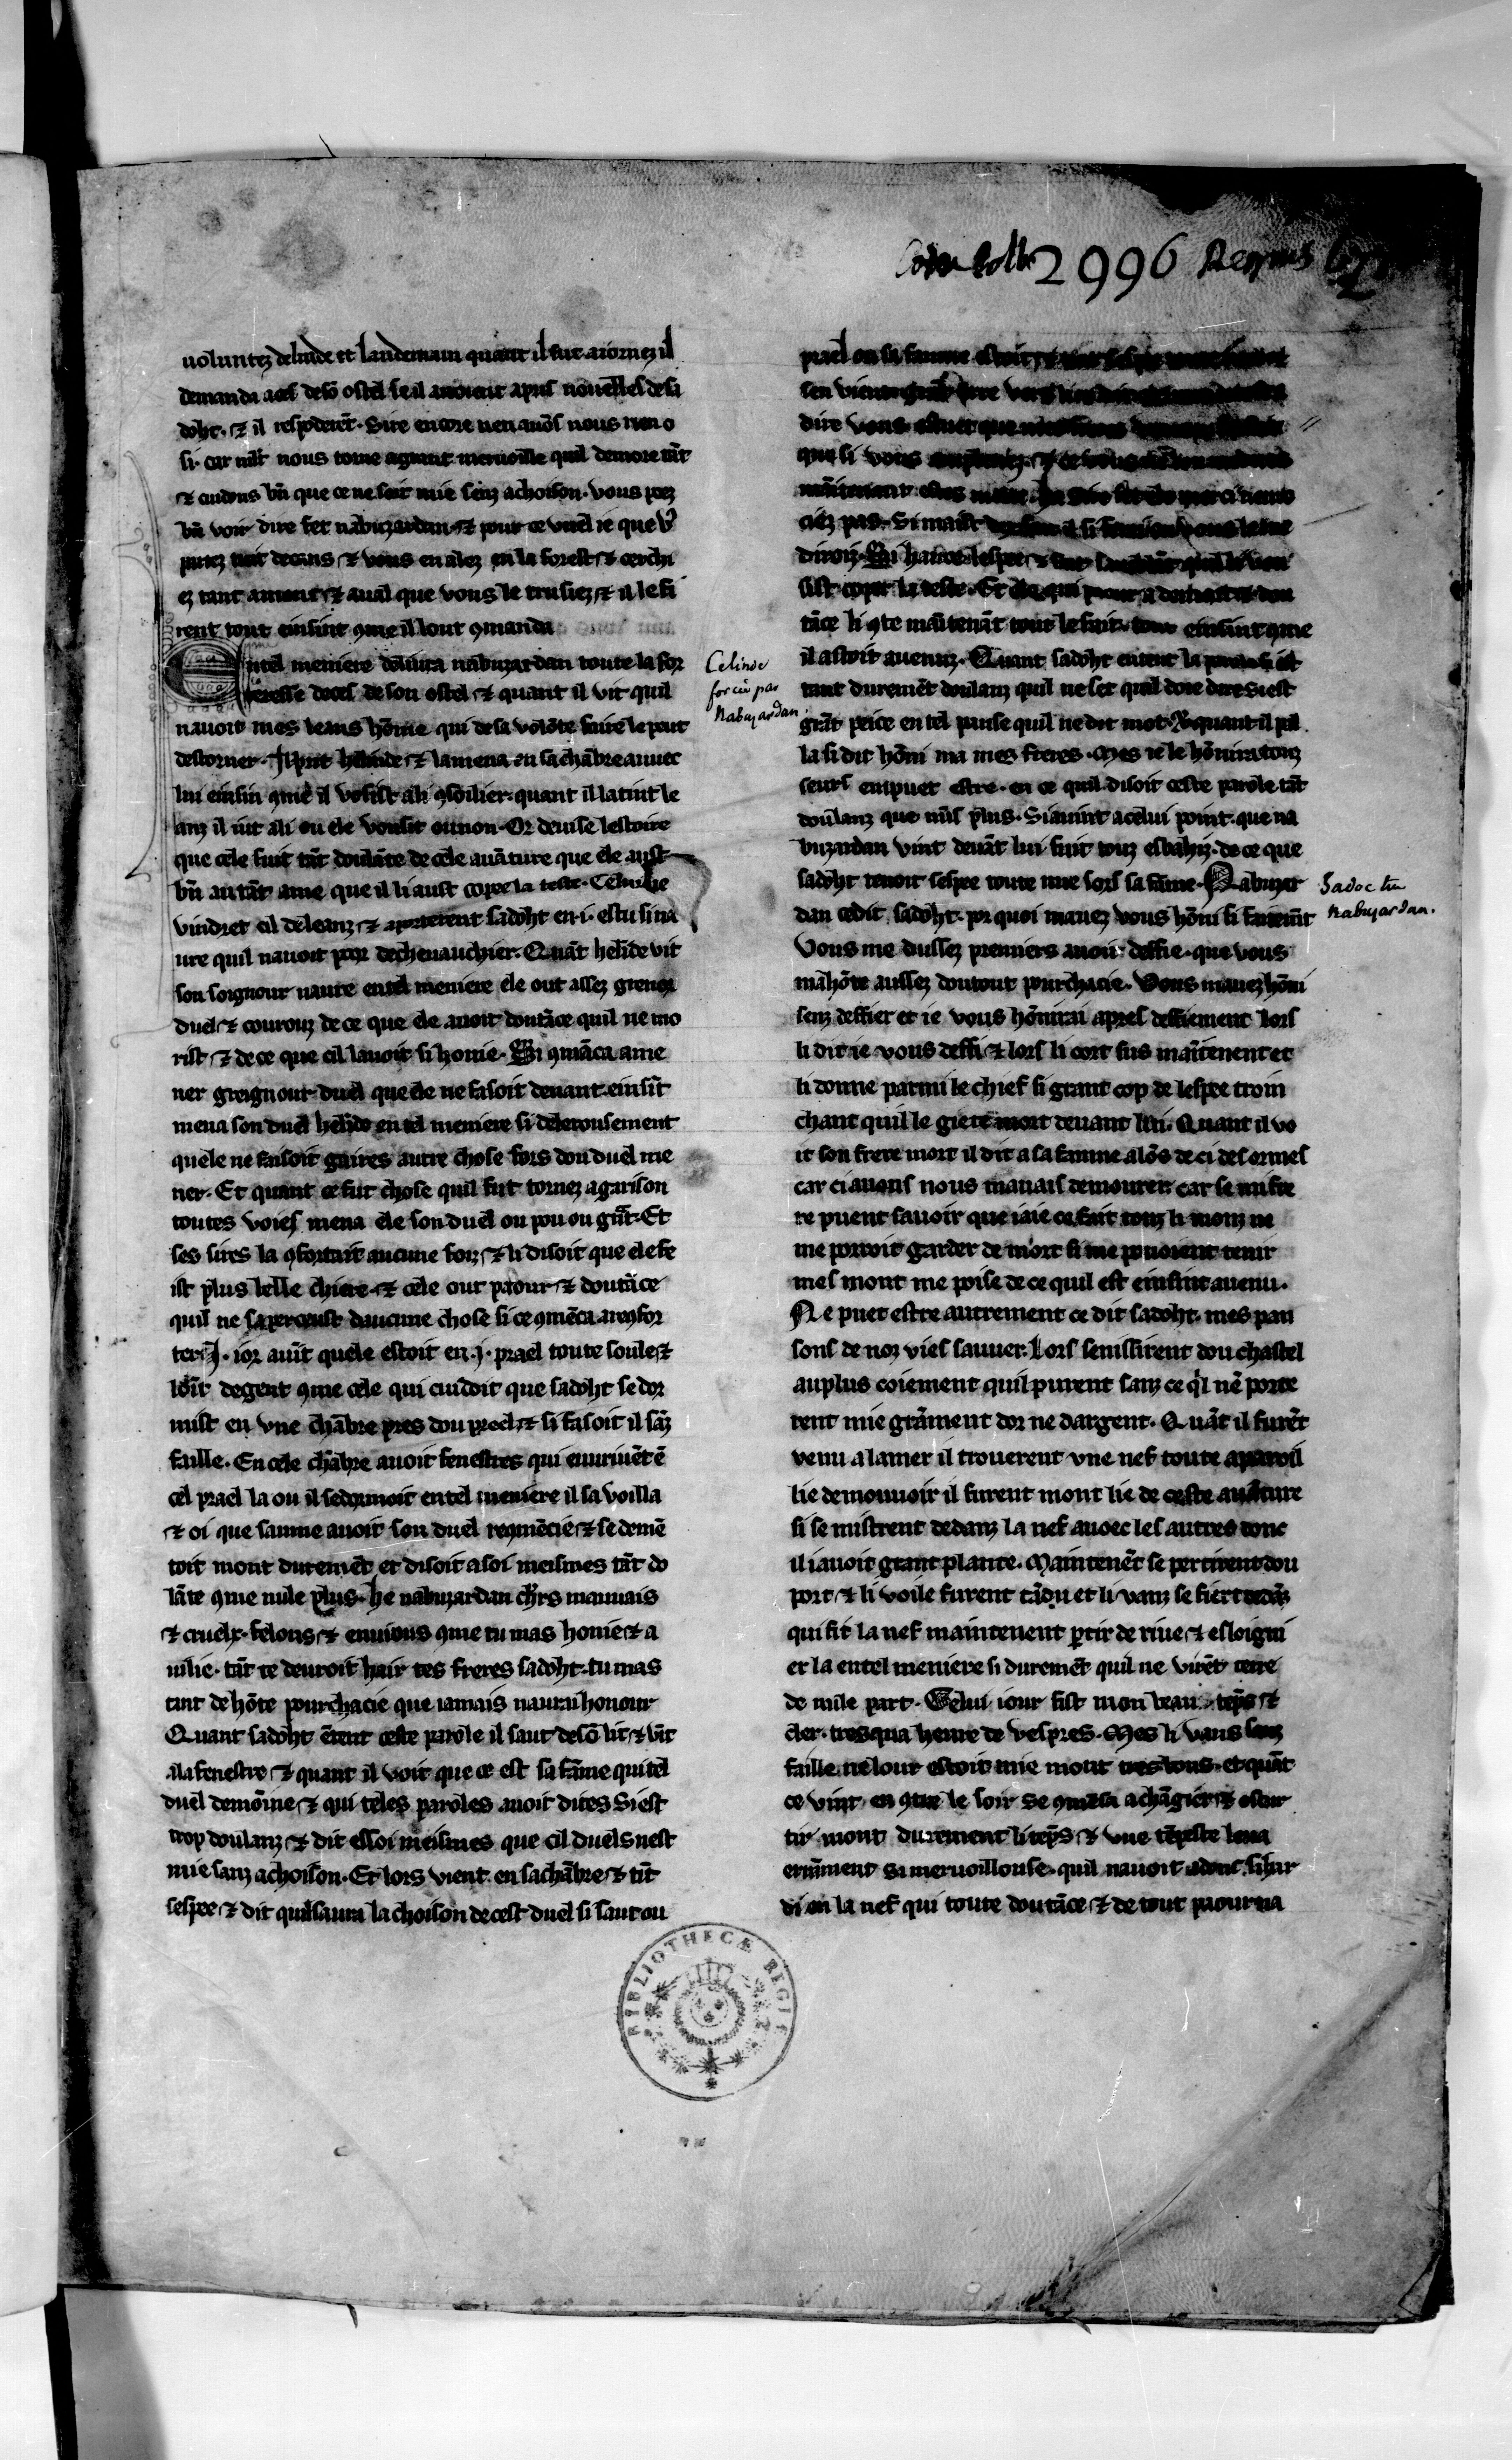
Shelfmark: Paris, BnF, fr. 104
Century: 13